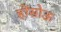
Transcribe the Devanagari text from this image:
होंसोऊ